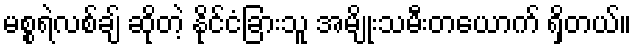
မစ္စရဲလစ်ချ် ဆိုတဲ့ နိုင်ငံခြားသူ အမျိုးသမီးတယောက် ရှိတယ်။